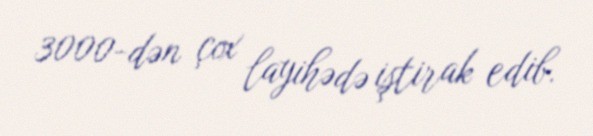
3000-dən çox layihədə iştirak edib.